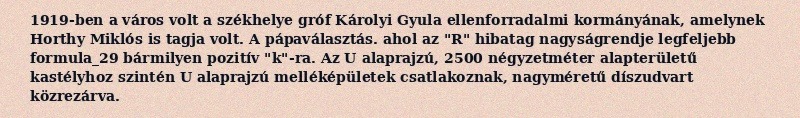
1919-ben a város volt a székhelye gróf Károlyi Gyula ellenforradalmi kormányának, amelynek Horthy Miklós is tagja volt. A pápaválasztás. ahol az "R" hibatag nagyságrendje legfeljebb formula_29 bármilyen pozitív "k"-ra. Az U alaprajzú, 2500 négyzetméter alapterületű kastélyhoz szintén U alaprajzú melléképületek csatlakoznak, nagyméretű díszudvart közrezárva.